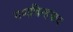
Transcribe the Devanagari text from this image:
गणचिन्हवाद